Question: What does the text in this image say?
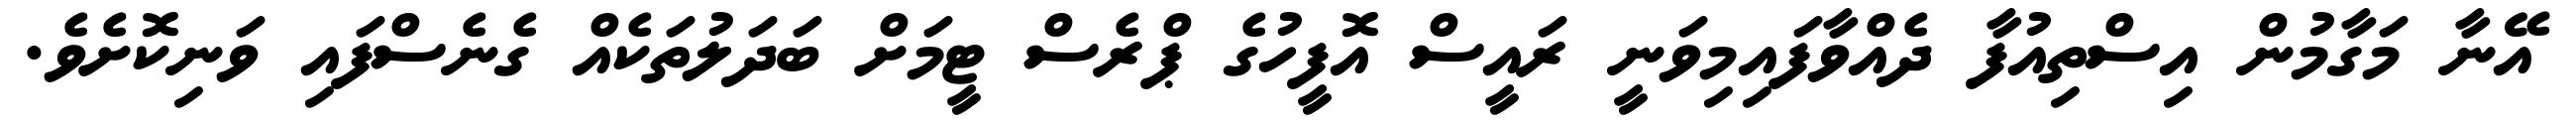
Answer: އޭނާ މަގާމުން އިސްތިއުފާ ދެއްވާފައިމިވަނީ ރައީސް އޮފީހުގެ ޕްރެސް ޓީމަށް ބަދަލުތަކެއް ގެނެސްފައި ވަނިކޮށެވެ.